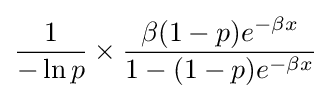
{\frac {1}{-\ln p}}\times {\frac {\beta (1-p)e^{-\beta x}}{1-(1-p)e^{-\beta x}}}